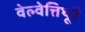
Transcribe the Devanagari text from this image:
वेल्वेत्तिथूरै